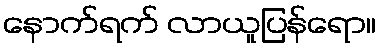
နောက်ရက် လာယူပြန်ရော။